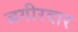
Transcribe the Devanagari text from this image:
जगीरदार